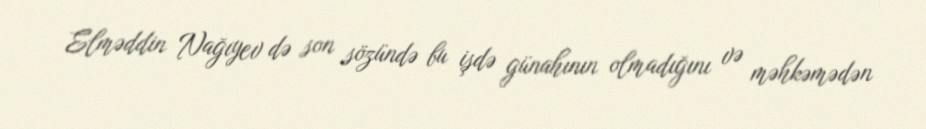
Elməddin Nağıyev də son sözündə bu işdə günahının olmadığını və məhkəmədən